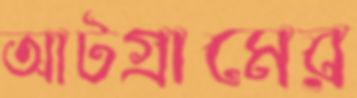
আটগ্রামের